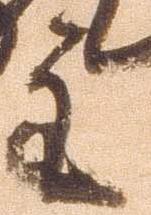
主